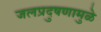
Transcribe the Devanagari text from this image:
जलप्रदुषणामुळे